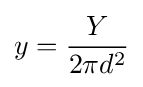
y={\frac {Y}{2\pi d^{2}}}